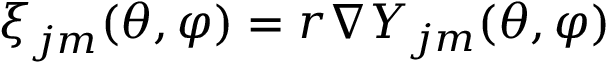
\boldsymbol { \xi } _ { j m } ( \theta , \varphi ) = r \nabla Y _ { j m } ( \theta , \varphi )